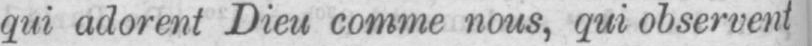
qui adorent Dieu comme nous, qui observent